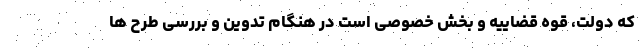
که دولت، قوه قضاییه و بخش خصوصی است در هنگام تدوین و بررسی طرح ها